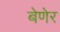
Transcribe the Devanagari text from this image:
बेणेर